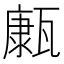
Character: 𤮊